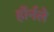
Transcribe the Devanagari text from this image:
हॉर्नले